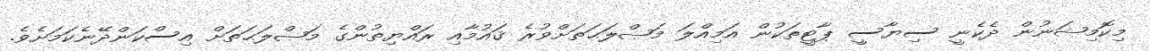
މިކޮމިޝަނުން ދެކެނީ ސިޔާސީ ޕާޓީތަކުން އަމިއްލަ މަޞްލަޙަތަށްވުރެ ޤައުމާއި ރައްޔިތުންގެ މަޞްލަޙަތަށް އިސްކަންދޭނެކަމަށެވެ.